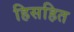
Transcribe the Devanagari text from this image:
हिसहित